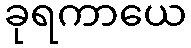
ခုရကာယေ